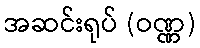
အဆင်းရုပ် (ဝဏ္ဏ)